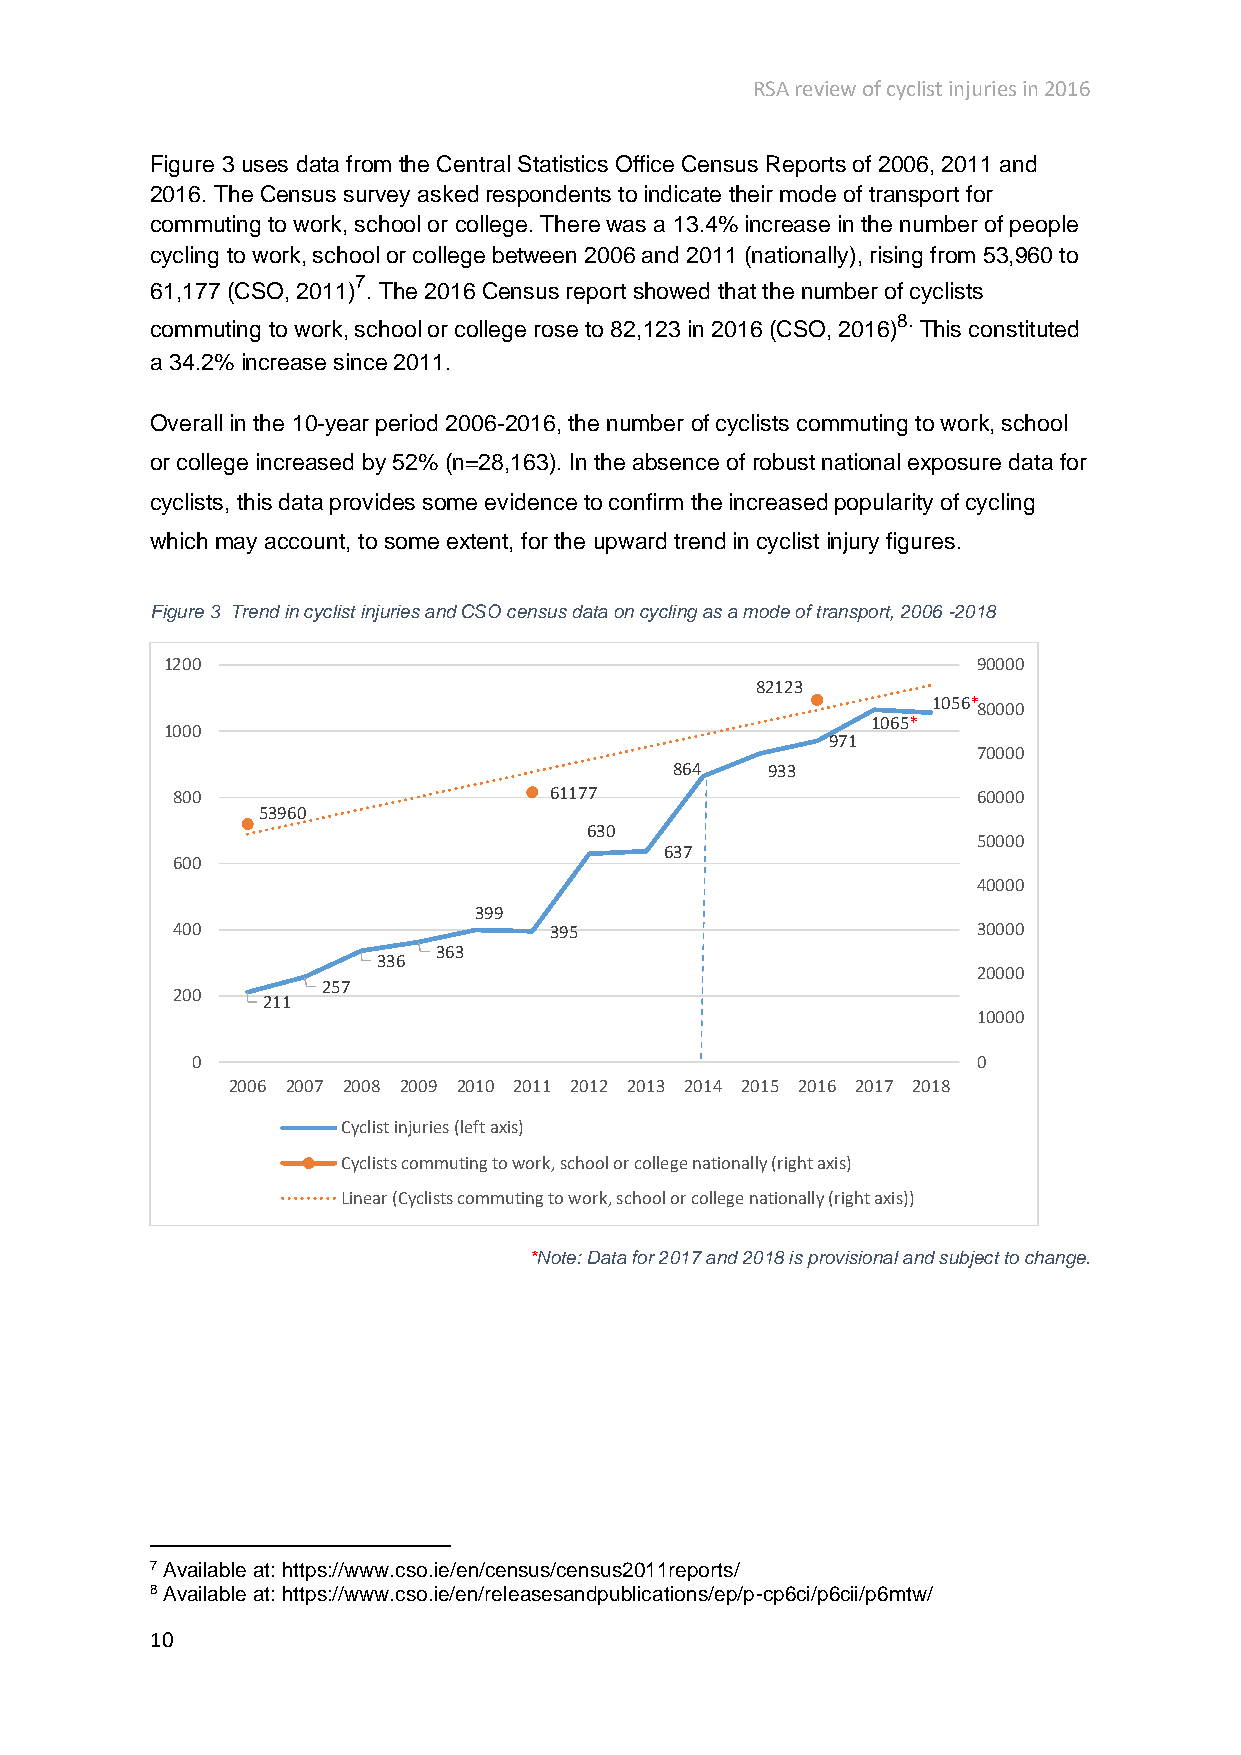
RSA review of cyclist injuries in 2016
 Figure 3 uses data from the Central Statistics Office Census Reports of 2006, 2011 and
 2016. The Census survey asked respondents to indicate their mode of transport for
 commuting to work, school or college. There was a 13.4% increase in the number of people
 cycling to work, school or college between 2006 and 2011 (nationally), rising from 53,960 to
 7
 61,177 (CSO, 2011) . The 2016 Census report showed that the number of cyclists
 8.
 commuting to work, school or college rose to 82,123 in 2016 (CSO, 2016) This constituted
 a 34.2% increase since 2011.
 Overall in the 10-year period 2006-2016, the number of cyclists commuting to work, school
 or college increased by 52% (n=28,163). In the absence of robust national exposure data for
 cyclists, this data provides some evidence to confirm the increased popularity of cycling
 which may account, to some extent, for the upward trend in cyclist injury figures.
 Figure 3 Trend in cyclist injuries and CSO census data on cycling as a mode of transport, 2006 -2018
 1200                                                  90000
 82123
 1056*80000
 1065*
 1000
 971
 70000
 864   933
 800                      61177                        60000
 53960
 630
 50000
 637
 600
 40000
 399
 400                      395                          30000
 363
 336
 20000
 257
 200
 211
 10000
 0                                                   0
 2006 2007 2008 2009 2010 2011 2012 2013 2014 2015 2016 2017 2018
 Cyclist injuries (left axis)
 Cyclists commuting to work, school or college nationally (right axis)
 Linear (Cyclists commuting to work, school or college nationally (right axis))
 *Note: Data for 2017 and 2018 is provisional and subject to change.
 7 Available at: https://www.cso.ie/en/census/census2011reports/
 8 Available at: https://www.cso.ie/en/releasesandpublications/ep/p-cp6ci/p6cii/p6mtw/
 10